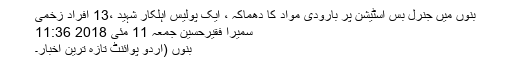
بنوں میں جنرل بس اسٹیشن پر بارودی مواد کا دھماکہ ، ایک پولیس اہلکار شہید ،13 افراد زخمی
سمیرا فقیرحسین جمعہ 11 مئی 2018 11:36
بنوں (اُردو پوائنٹ تازہ ترین اخبار۔